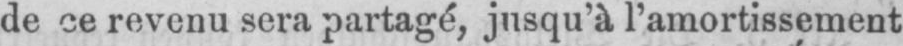
de ce revenu sera partagé jusqu’à l’amortissement